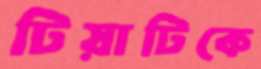
টিয়াটিকে